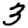
Digit: 3